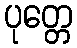
ပုတ္တေ